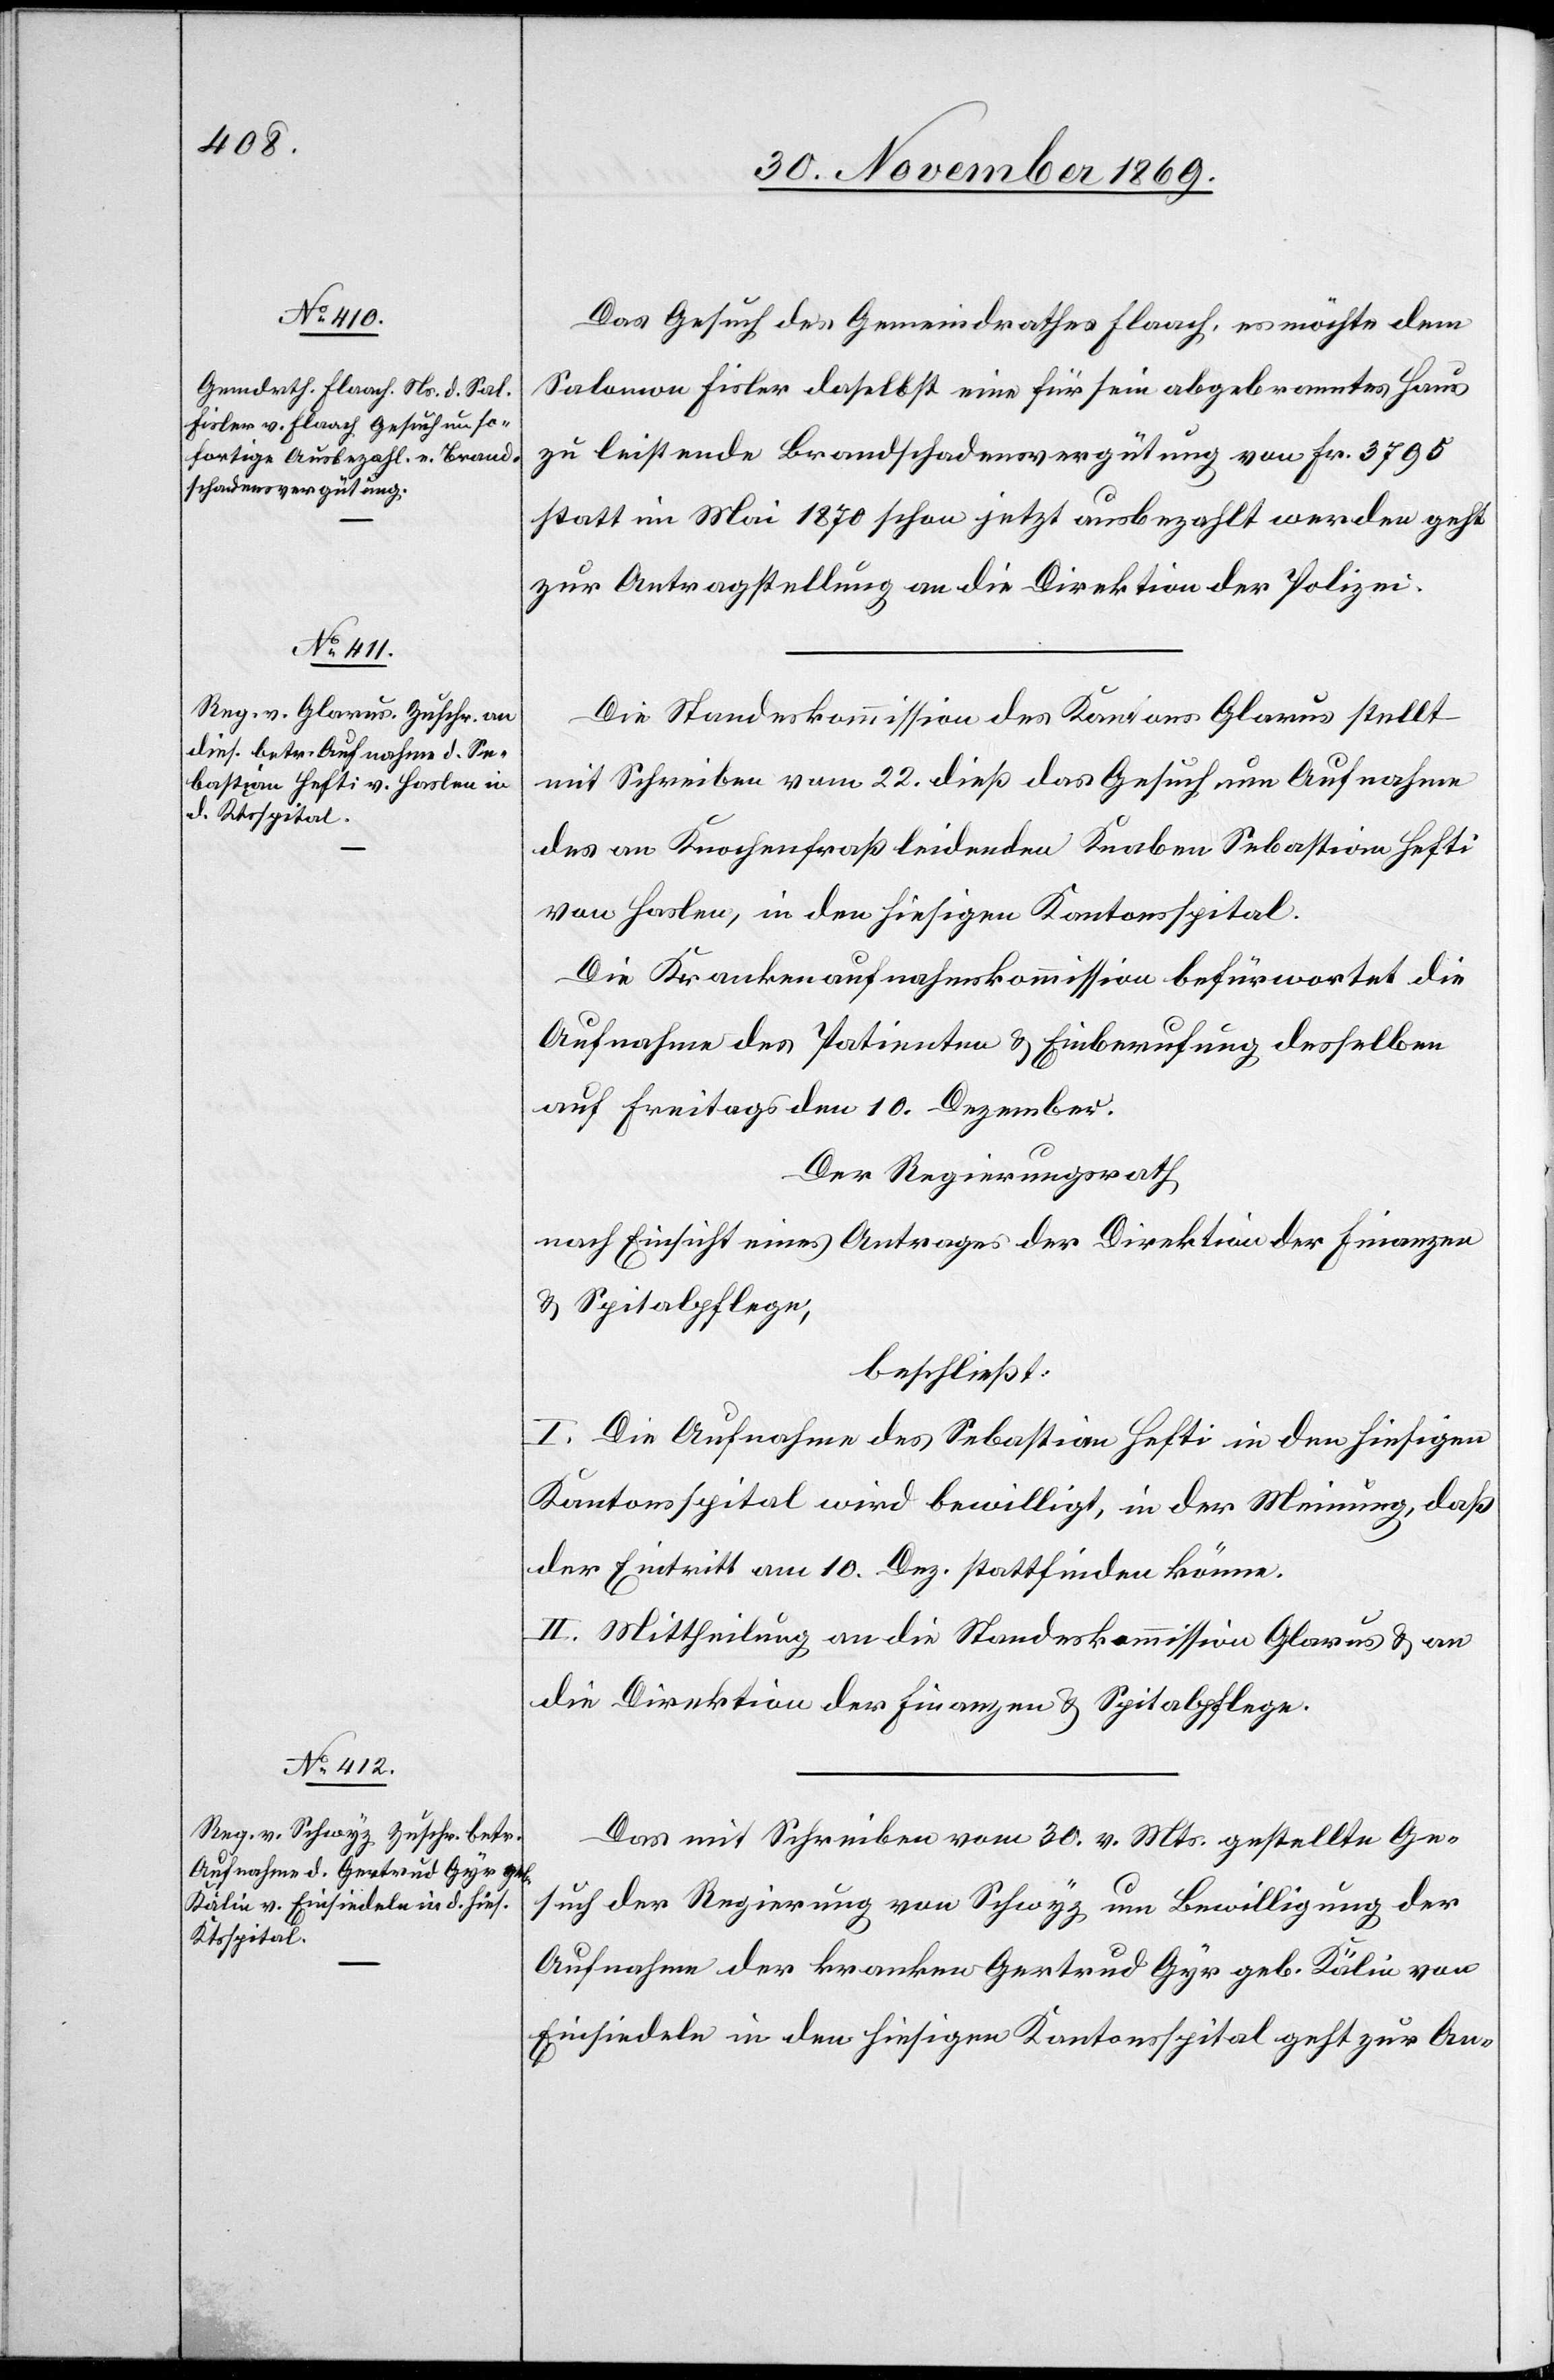
2. December 1869.]
Das Gesuch des Gemeindrathes Flaach, es möchte dem
Salomon Fisler daselbst eine für sein abgebranntes Haus
zu leistende Brandschadensvergütung von Fr. 3795
statt im Mai 1870 schon jetzt ausbezahlt werden geht
zur Antragstellung an die Direktion der Polizei.
Die Standeskommission des Kantons Glarus stellt
mit Schreiben vom 22. dieß das Gesuch um Aufnahme
des an Knochenfraß leidenden Knaben Sebastian Hefti
von Haslen, in den hiesigen Kantonsspital.
Die Krankenaufnahmskommission befürwortet die
Aufnahme des Patienten & Einberufung desselben
auf Freitags den 10. Dezember.
Der Regierungsrath
nach Einsicht eines Antrages der Direktion der Finanzen
& Spitalpflege,
beschließt:
I. Die Aufnahme des Sebastian Hefti in den hiesigen
Kantonsspital wird bewilligt, in der Meinung, daß
der Eintritt am 10. Dez. stattfinden könne.
II. Mittheilung an die Standeskommission Glarus & an
die Direktion der Finanzen & Spitalpflege.
Das mit Schreiben vom 30. v. Mts. gestellte Ge¬
such der Regierung von Schwyz um Bewilligung der
Aufnahme der kranken Gertrud Gyr geb. Kälin von
Einsiedeln in den hiesigen Kantonsspital geht zur An-